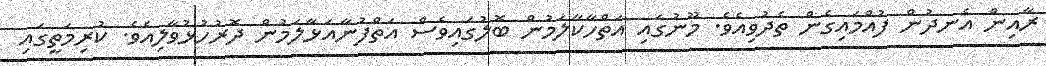
ރާއިން އެނދުން ފުއްމައިގެން ތެދުވިއެވެ. މޫނުގައި އަތްހާކާލަމުން ބޮލުގައިވެސް އަތްފުނާއަޅާލަމުން ދޮރުހުޅުވާލިއެވެ. ކުރިމަތީގައި